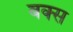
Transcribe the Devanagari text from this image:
बक्‍स